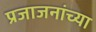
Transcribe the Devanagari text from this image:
प्रजाजनांच्या